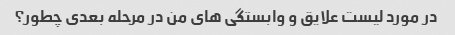
در مورد لیست علایق و وابستگی های من در مرحله بعدی چطور؟